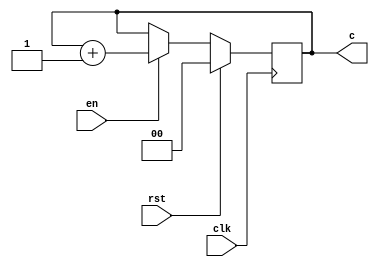
// asynchronoud Counter //
// Ripple Counter //
// up-down counter //
module counter_async( clk, rst, en, c);
input clk,rst,en;
output [1:0] c;
reg [1:0] c;

always@(posedge clk)
begin
if (rst == 1)
c = 2'b00;
else if (en==1)
c = c+1;
end
endmodule